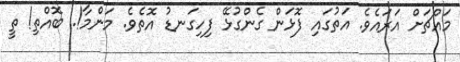
މައްޗަށް އަރައެވެ. އަތުގައި ފޮޅަން ގެންގުޅޭ ފިހިގަނޑު އޮތެވެ. މަންމާ!. ބޮޮއްތި! ތީ